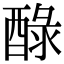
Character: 醁